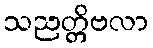
သညတ္တိဗလာ